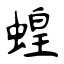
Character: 蝗